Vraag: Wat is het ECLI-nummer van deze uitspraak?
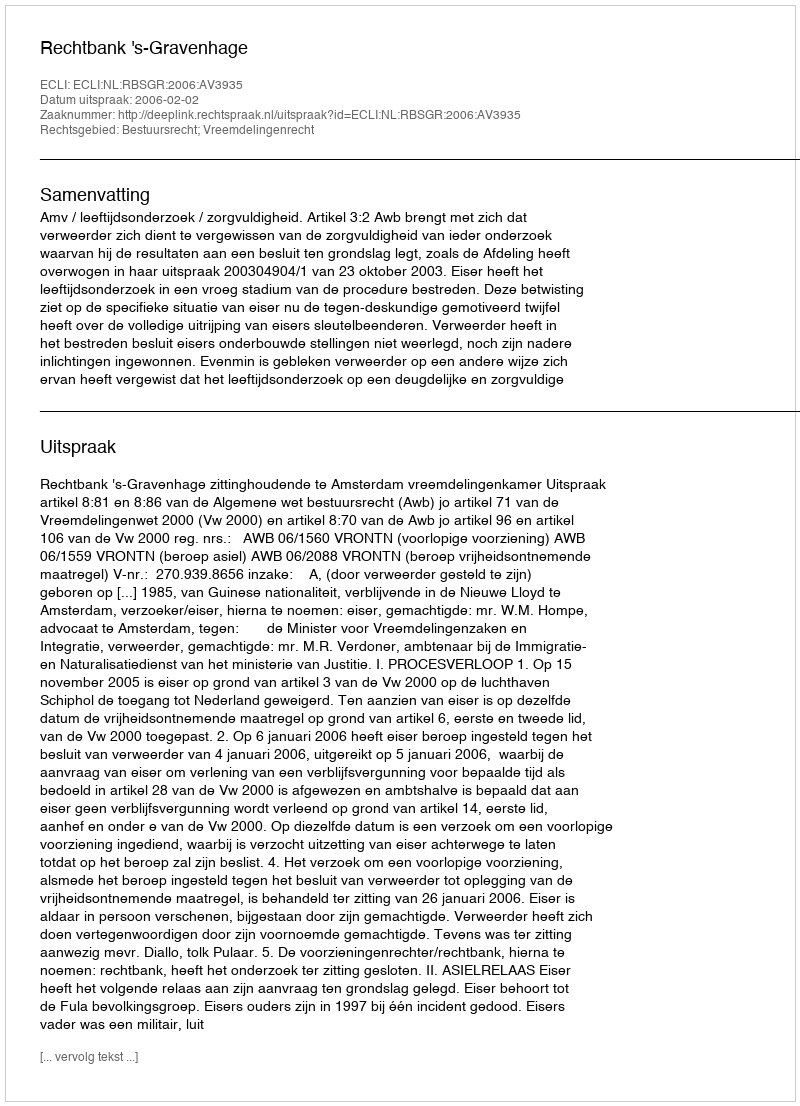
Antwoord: ECLI:NL:RBSGR:2006:AV3935